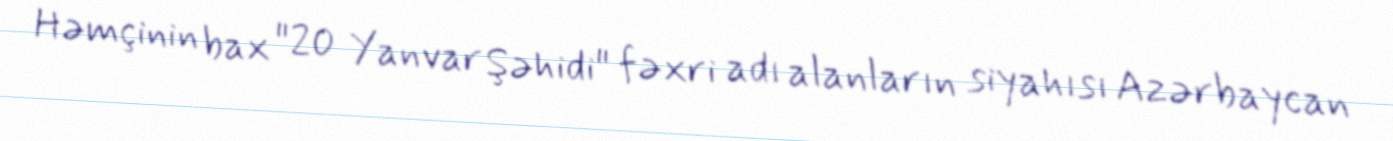
Həmçinin bax "20 Yanvar Şəhidi" fəxri adı alanların siyahısı Azərbaycan